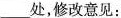
___处，修改意见：